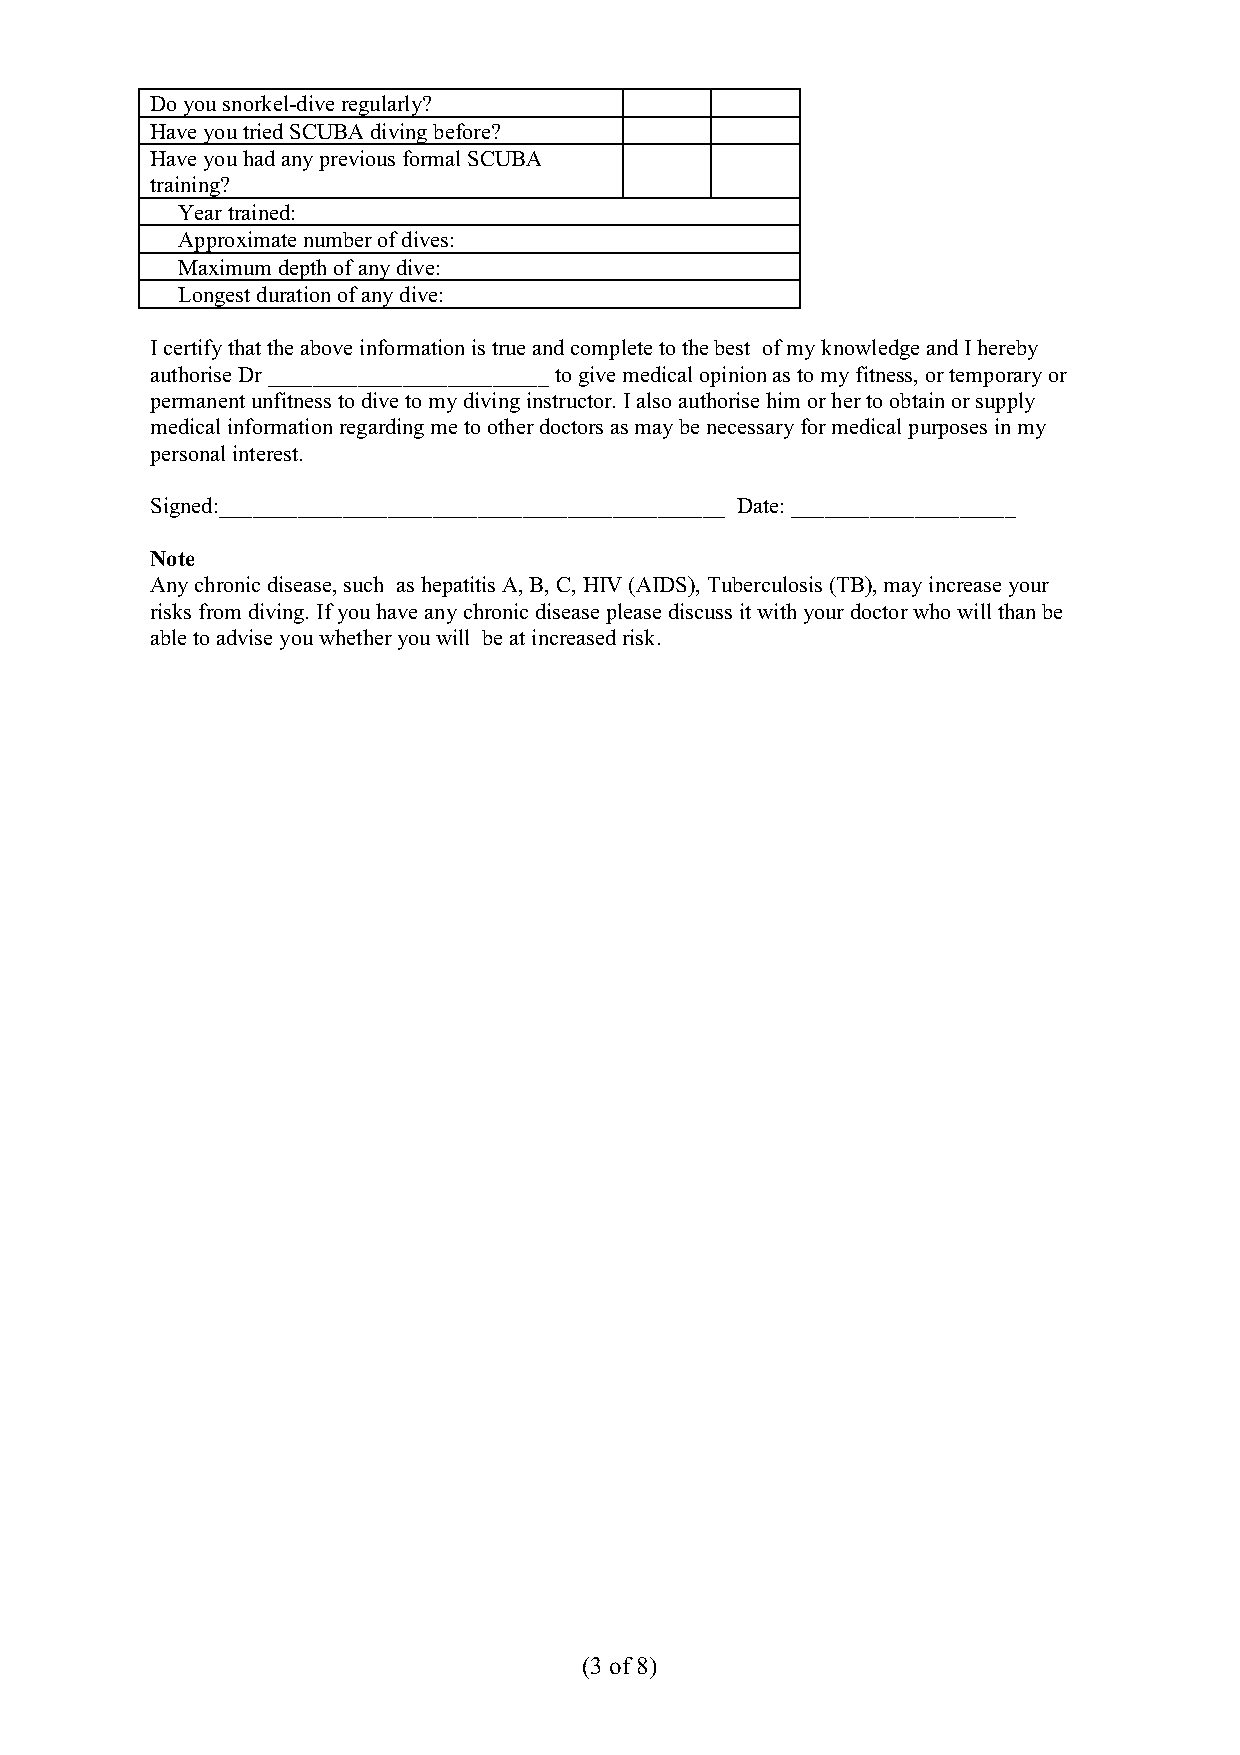
Do you snorkel-dive regularly?
 Have you tried SCUBA diving before?
 Have you had any previous formal SCUBA
 training?
 Year trained:
 Approximate number of dives:
 Maximum depth of any dive:
 Longest duration of any dive:
 I certify that the above information is true and complete to the best of my knowledge and I hereby
 authorise Dr _________________________ to give medical opinion as to my fitness, or temporary or
 permanent unfitness to dive to my diving instructor. I also authorise him or her to obtain or supply
 medical information regarding me to other doctors as may be necessary for medical purposes in my
 personal interest.
 Signed:_____________________________________________ Date: ____________________
 Note
 Any chronic disease, such as hepatitis A, B, C, HIV (AIDS), Tuberculosis (TB), may increase your
 risks from diving. If you have any chronic disease please discuss it with your doctor who will than be
 able to advise you whether you will be at increased risk.
 (3 of 8)